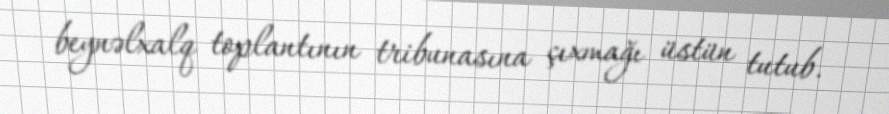
beynəlxalq toplantının tribunasına çıxmağı üstün tutub.